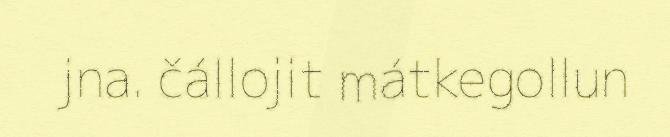
jna. čállojit mátkegollun